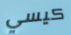
كيسي